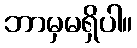
ဘာမှမရှိပါ။